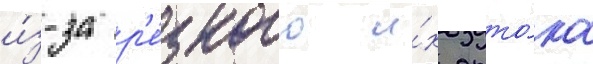
и́з-за р'е́зкого и́х отто́ка